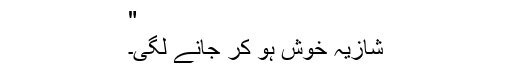
"
شازیہ خوش ہو کر جانے لگی۔